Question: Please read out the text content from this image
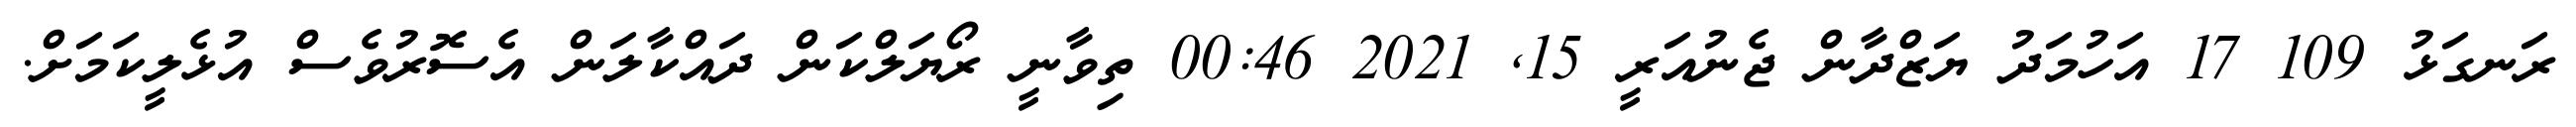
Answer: ރަނގަޅު 109 17 އަހުމަދު ޔަޒްދާން ޖެނުއަރީ 15, 2021 00:46 ތިވާނީ ރޯޔަލްކަން ދައްކާލަން އެސޮރުވެސް އުޅެލީކަމަށް.